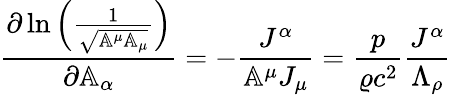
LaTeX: \frac{\partial\ln{\left(\frac{1}{\sqrt{\mathbb{A}^{\mu}\mathbb{A}_{\mu}}}\right)}}{\partial\mathbb{A}_{\alpha}}=-\frac{J^{\alpha}}{\mathbb{A}^{\mu}J_{\mu}}=\frac{p}{\varrho c^{2}}\frac{J^{\alpha}}{\Lambda_{\rho}}